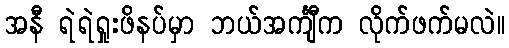
အနီ ရဲရဲရှုးဖိနပ်မှာ ဘယ်အင်္ကျီက လိုက်ဖက်မလဲ။